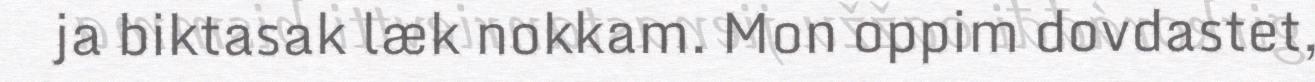
ja biktasak læk nokkam. Mon oppim dovdastet,